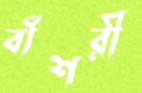
বাঁশরী